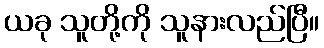
ယခု သူတို့ကို သူနားလည်ပြီ။